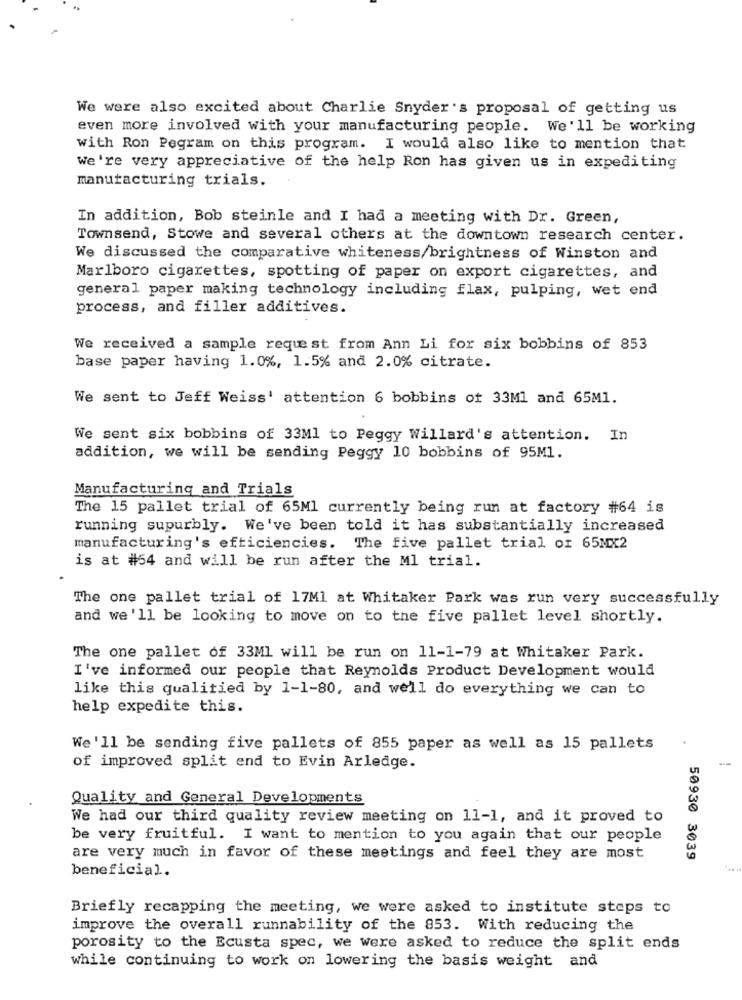
We were also excited about Charlie Snyder's proposal of getting us
even more involved with your manufacturing people. We'll be working
with Ron Pegram on this program. I would also like to mention that
We're very appreciative of the help Ron has given us in expediting
manufacturing trials.
In addition, Bob steinle and I had a meeting with Dr. Green,
Townsend, Stowe and several others at the downtown research center.
We discussed the comparative whiteness/brightness of Winston and
Marlboro cigarettes, spotting of paper on export cigarettes, and
general paper making technology including flax, pulping, wet end
process, and filler additives.
We received a sample request from Ann Li for six bobbins of 853
base paper having 1.0%, 1.5% and 2.0% citrate.
We sent to Jeff Weiss' attention 6 bobbins of 33Ml and 65M1.
We sent six bobbins of 33Ml to Peggy Willard's attention. In
addition, we will be sending Peggy 10 bobbins of 95Ml.
Manufacturing and Trials
The 15 pallet trial of 65Ml currently being run at factory #64 is
running supurbly. We've been told it has substantially increased
manufacturing's efficiencies. The five pallet trial or 65Mx2
is at #54 and will be run after the Ml trial.
The one pallet trial of 17Ml at Whitaker Park was run very successfully
and we'll be looking to move on to the five pallet level shortly.
The one pallet of 33Ml will be run on 11-1-79 at Whitaker Park.
I've informed our people that Reynolds Product Development would
like this qualitied by 1-1-80, and we'll do everything we can to
help expedite this.
We'll be sending five pallets of 855 paper as well as 15 pallets
of improved split end to Evin Arledge.
Quality and General Developments
We had our third quality review meeting on 11-1, and it proved to
be very fruitful. I want to mention to you again that our people
are very much in favor of these meetings and feel they are most
50930 3039
beneficial.
Briefly recapping the meeting, we were asked to institute steps to
improve the overall runnability of the 853. With reducing the
porosity to the Ecusta spec, we were asked to reduce the split ends
while continuing to work on lowering the basis weight and